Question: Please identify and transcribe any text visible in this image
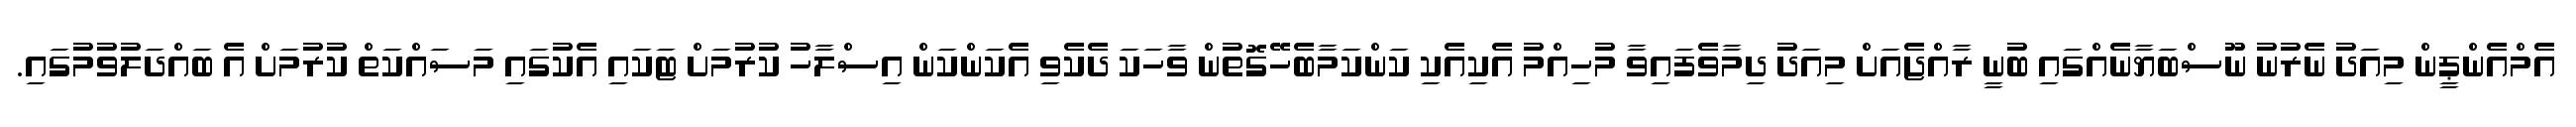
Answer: އެމްއެންޕީން މިއަދު ނެރުނު ނޫސްބަޔާނެއްގައި ބުނީ ރާއްޖެއަށް މިއަދު ދިމާވެފައިވާ މުހިއްމު އެކިއެކި ކަންކަމާބެހޭގޮތުން ވާހަކަ ދެކެވި އެކަންކަން އިސްލާހު ކުރުމަށް ޓަކައި އެކުގައި މަސައްކަތް ކުރުމަށް އެ ބައްދަލުވުމުގައި.